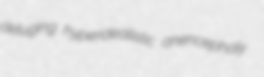
deluging hyperidealistic anencephaly